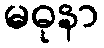
မဓုနာ